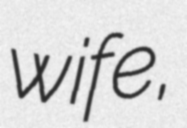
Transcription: wife,